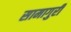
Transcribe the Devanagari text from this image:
सामागुरी